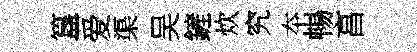
簋爱渠吴鏟炊究夲暢亯